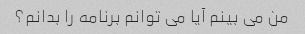
من می بینم آیا می توانم برنامه را بدانم؟